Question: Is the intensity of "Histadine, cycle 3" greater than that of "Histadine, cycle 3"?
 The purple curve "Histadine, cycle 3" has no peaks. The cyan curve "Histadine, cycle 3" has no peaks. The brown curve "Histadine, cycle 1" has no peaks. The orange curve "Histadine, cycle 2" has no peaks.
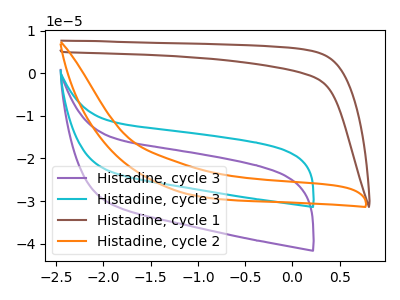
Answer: <think>Neither "Histadine, cycle 3" or "Histadine, cycle 3" have any peaks.
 </think>
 <answer>I cant tell if "Histadine, cycle 3" or "Histadine, cycle 3" has more signal.</answer>
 <eval>mixed_signal</eval>